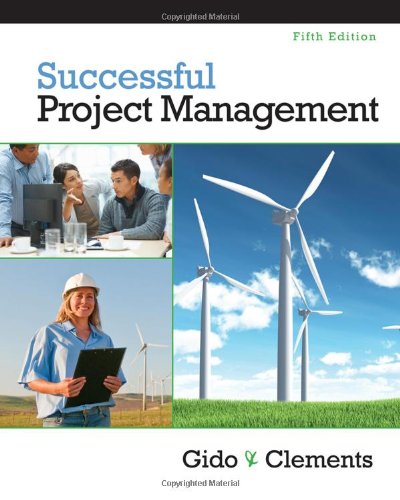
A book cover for Successful Project Management (with Microsoft Project 2010); Jack Gido; Business & Money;